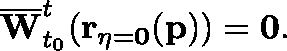
\overline { { \mathbf { W } } } _ { t _ { 0 } } ^ { t } ( \mathbf { r _ { \eta = 0 } } ( \mathbf { p } ) ) = \mathbf { 0 } .